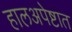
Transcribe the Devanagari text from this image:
हालअपेष्टात